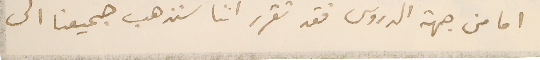
اما من جهة الدروس فقد تقرر اننا سنذهب جميعنا الى